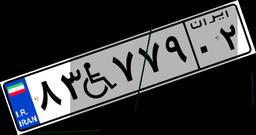
۸۳W۷۷۹۰۲